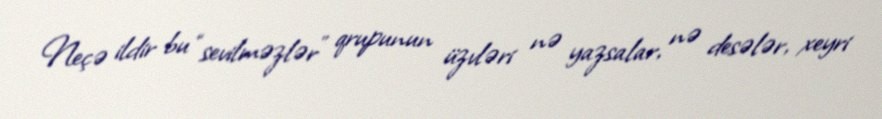
Neçə ildir bu “sevilməzlər” qrupunun üzvləri nə yazsalar, nə desələr, xeyri